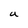
Character: U